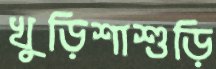
খুড়িশাশুড়ি